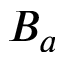
B _ { a }